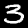
Label: 3